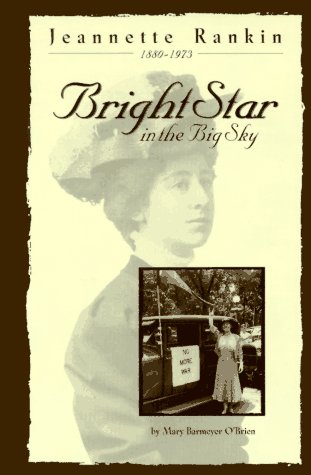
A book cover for Jeannette Rankin: Bright Star in the Big Sky; Mary Barmeyer O'Brien; Teen & Young Adult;